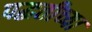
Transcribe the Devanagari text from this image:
पद्घतीच्या